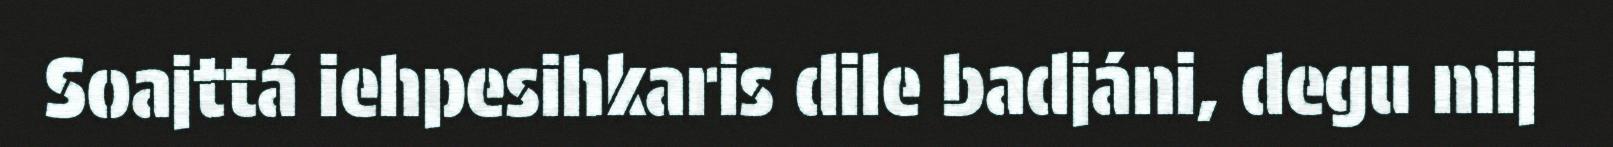
Soajttá iehpesihkaris dile badjáni, degu mij